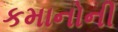
કમાનોની